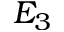
E _ { 3 }